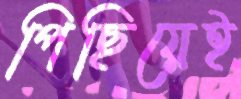
পিছিয়েই